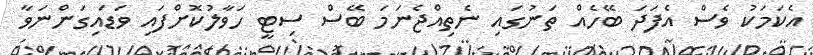
އެކަމަކު ވެސް އެފަދަ ބޭހެއް ތަނުގައި ނެތިއްޖެނަމަ ބޭސް ސިޓީ ހަވާލުކޮށްފައި ވަޑައިގަންނަވާ